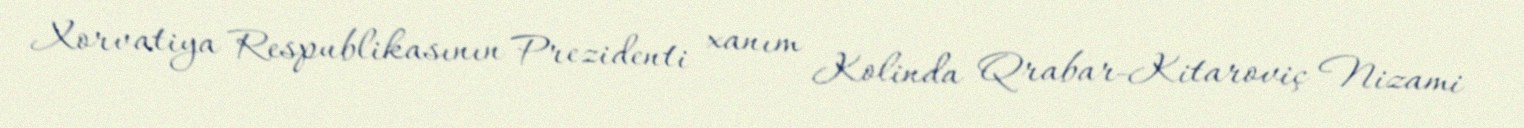
Xorvatiya Respublikasının Prezidenti xanım Kolinda Qrabar-Kitaroviç Nizami